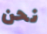
نحن